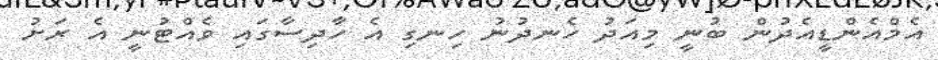
އެމްއެންޑީއެދުން ބުނީ މިއަދު ހެނދުނު ހިނގި އެ ހާދިސާގައި ވެއްޓުނީ އެ ރަށު